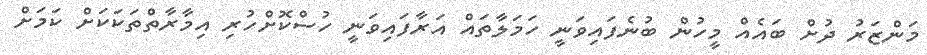
މަަންޒަރު ދުށް ބައެއް މީހުން ބުނެފައިވަނީ ހަމަލާތައް އަރާފައިވަނީ ހުސްކޮށްހުރި އިމާރާތްތަކަކަށް ކަމަށް